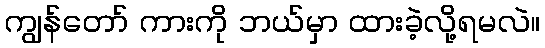
ကျွန်တော် ကားကို ဘယ်မှာ ထားခဲ့လို့ရမလဲ။